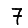
Digit: 7